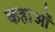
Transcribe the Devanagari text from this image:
कहाओं